Sexual cycle of Leucocytozoon canis in the tick - Number 28
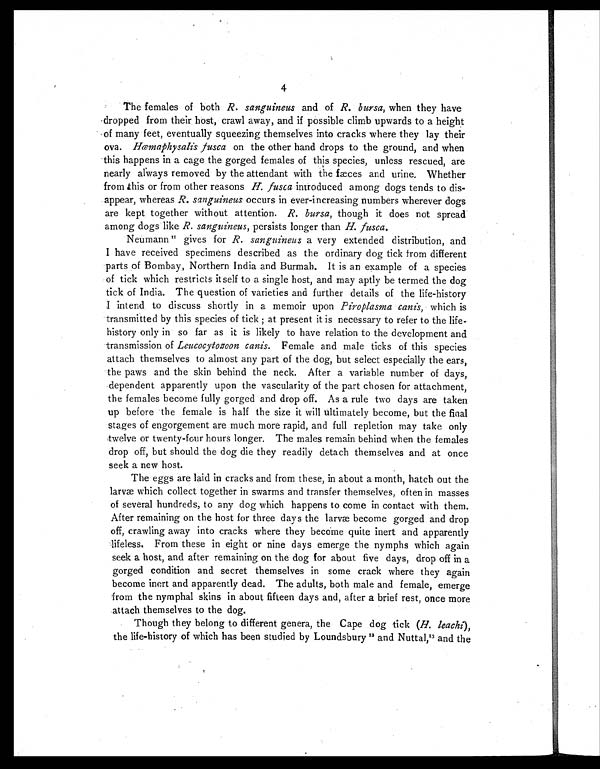
4
The females of both R. sanguineus and of R. bursa, when they have
dropped from their host, crawl away, and if possible climb upwards to a height
of many feet, eventually squeezing themselves into cracks where they lay their
ova. Hæmaphysalis fusca on the other hand drops to the ground, and when
this happens in a cage the gorged females of this species, unless rescued, are
nearly always removed by the attendant with the fæces and urine. Whether
from this or from other reasons H. fusca introduced among dogs tends to dis-
appear, whereas R. sanguineus occurs in ever-increasing numbers wherever dogs
are kept together without attention. R. bursa, though it does not spread
among dogs like R. sanguineus, persists longer than H. fusca.
Neumann11 gives for R. sanguineus a very extended distribution, and
I have received specimens described as the ordinary dog tick from different
parts of Bombay, Northern India and Burmah. It is an example of a species
of tick which restricts it self to a single host, and may aptly be termed the dog
tick of India. The question of varieties and further details of the life-history
I intend to discuss shortly in a memoir upon Piro plasma canis, which is
transmitted by this species of tick ; at present it is necessary to refer to the life-
history only in so far as it is likely to have relation to the development and
transmission of Leucocytozoon canis. Female and male ticks of this species
attach themselves to almost any part of the dog, but select especially the ears,
the paws and the skin behind the neck. After a variable number of days,
dependent apparently upon the vascularity of the part chosen for attachment,
the females become fully gorged and drop off. As a rule two days are taken
up before the female is half the size it will ultimately become, but the final
stages of engorgement are much more rapid, and full repletion may take only
twelve or twenty-four hours longer. The males remain behind when the females
drop off, but should the dog die they readily detach themselves and at once
seek a new host.
The eggs are laid in cracks and from these, in about a month, hatch out the
larvæ which collect together in swarms and transfer themselves, often in masses
of several hundreds, to any dog which happens to come in contact with them.
After remaining on the host for three days the larvæ become gorged and drop
off, crawling away into cracks where they become quite inert and apparently
lifeless. From these in eight or nine days emerge the nymphs which again
seek a host, and after remaining on the dog for about five days, drop off in a
gorged condition and secret themselves in some crack where they again
become inert and apparently dead. The adults, both male and female, emerge
from the nymphal skins in about fifteen days and, after a brief rest, once more
attach themselves to the dog.
Though they belong to different genera, the Cape dog tick (H. leachi),
the life-history of which has been studied by Loundsbury 12 and Nuttal,13 and the